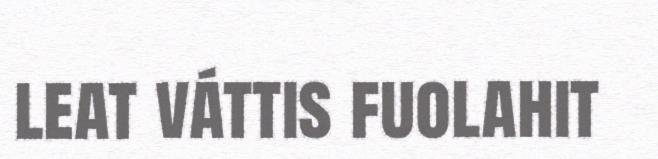
leat váttis fuolahit